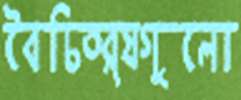
বৈচিত্র্যগুলো